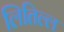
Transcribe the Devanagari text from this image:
लितिल्ल